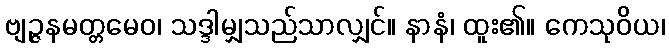
ဗျဉ္ဇနမတ္တမေဝ၊ သဒ္ဒါမျှသည်သာလျှင်။ နာနံ၊ ထူး၏။ ကေသုဝိယ၊